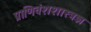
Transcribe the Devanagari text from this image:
प्राणिवंशशास्त्रज्ञ